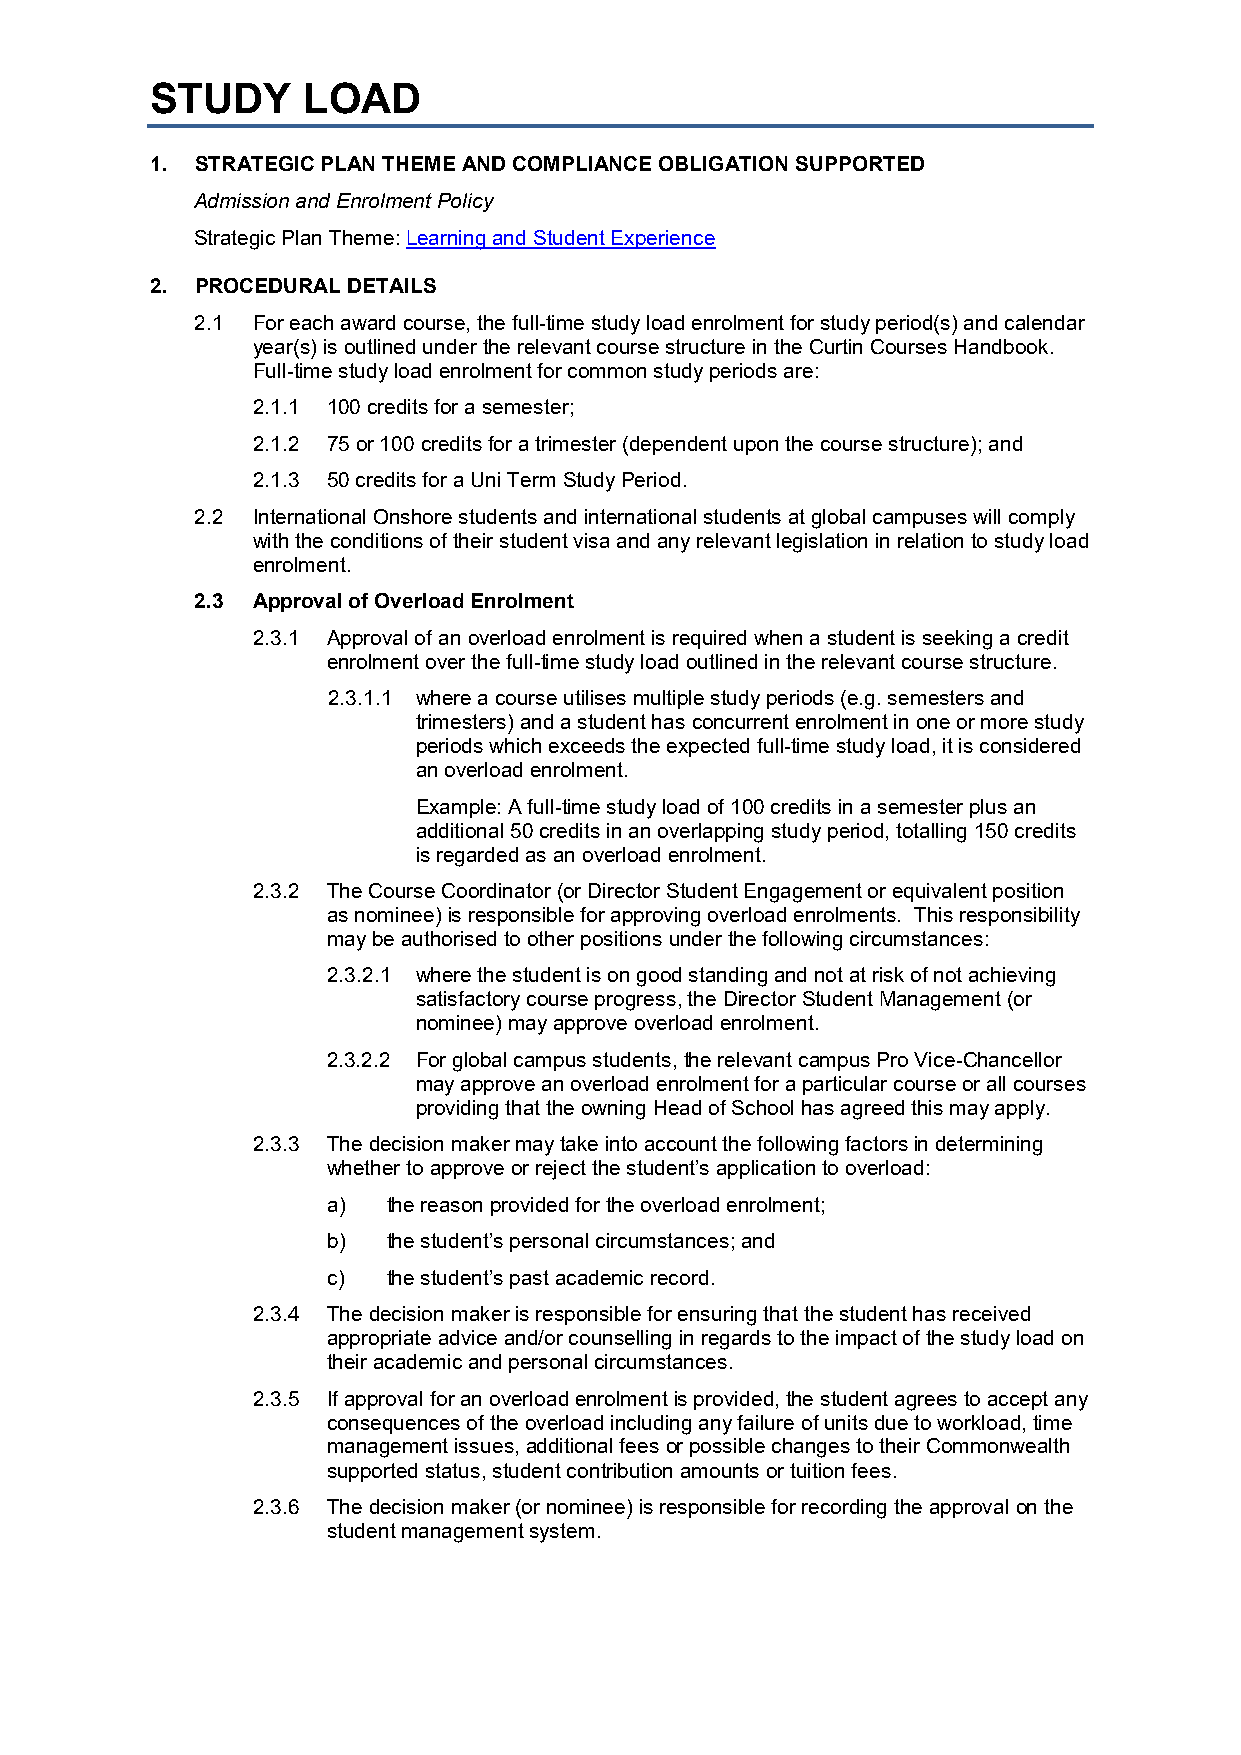
STUDY     LOAD
 1. STRATEGIC PLAN THEME AND COMPLIANCE OBLIGATION SUPPORTED
 Admission and Enrolment Policy
 Strategic Plan Theme: Learning and Student Experience
 2. PROCEDURAL DETAILS
 2.1 For each award course, the full-time study load enrolment for study period(s) and calendar
 year(s) is outlined under the relevant course structure in the Curtin Courses Handbook.
 Full-time study load enrolment for common study periods are:
 2.1.1 100 credits for a semester;
 2.1.2 75 or 100 credits for a trimester (dependent upon the course structure); and
 2.1.3 50 credits for a Uni Term Study Period.
 2.2 International Onshore students and international students at global campuses will comply
 with the conditions of their student visa and any relevant legislation in relation to study load
 enrolment.
 2.3 Approval of Overload Enrolment
 2.3.1 Approval of an overload enrolment is required when a student is seeking a credit
 enrolment over the full-time study load outlined in the relevant course structure.
 2.3.1.1 where a course utilises multiple study periods (e.g. semesters and
 trimesters) and a student has concurrent enrolment in one or more study
 periods which exceeds the expected full-time study load, it is considered
 an overload enrolment.
 Example: A full-time study load of 100 credits in a semester plus an
 additional 50 credits in an overlapping study period, totalling 150 credits
 is regarded as an overload enrolment.
 2.3.2 The Course Coordinator (or Director Student Engagement or equivalent position
 as nominee) is responsible for approving overload enrolments. This responsibility
 may be authorised to other positions under the following circumstances:
 2.3.2.1 where the student is on good standing and not at risk of not achieving
 satisfactory course progress, the Director Student Management (or
 nominee) may approve overload enrolment.
 2.3.2.2 For global campus students, the relevant campus Pro Vice-Chancellor
 may approve an overload enrolment for a particular course or all courses
 providing that the owning Head of School has agreed this may apply.
 2.3.3 The decision maker may take into account the following factors in determining
 whether to approve or reject the student’s application to overload:
 a)  the reason provided for the overload enrolment;
 b)  the student’s personal circumstances; and
 c)  the student’s past academic record.
 2.3.4 The decision maker is responsible for ensuring that the student has received
 appropriate advice and/or counselling in regards to the impact of the study load on
 their academic and personal circumstances.
 2.3.5 If approval for an overload enrolment is provided, the student agrees to accept any
 consequences of the overload including any failure of units due to workload, time
 management issues, additional fees or possible changes to their Commonwealth
 supported status, student contribution amounts or tuition fees.
 2.3.6 The decision maker (or nominee) is responsible for recording the approval on the
 student management system.